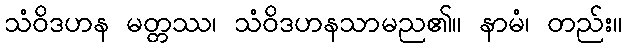
သံဝိဒဟန မတ္တဿ၊ သံဝိဒဟနသာမည၏။ နာမံ၊ တည်း။